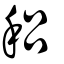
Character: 稆